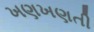
ખણખણતી